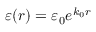
\varepsilon ( r ) = \varepsilon _ { 0 } e ^ { k _ { 0 } r }